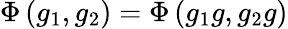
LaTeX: \Phi\left(g_{1},g_{2}\right)=\Phi\left(g_{1}g,g_{2}g\right)